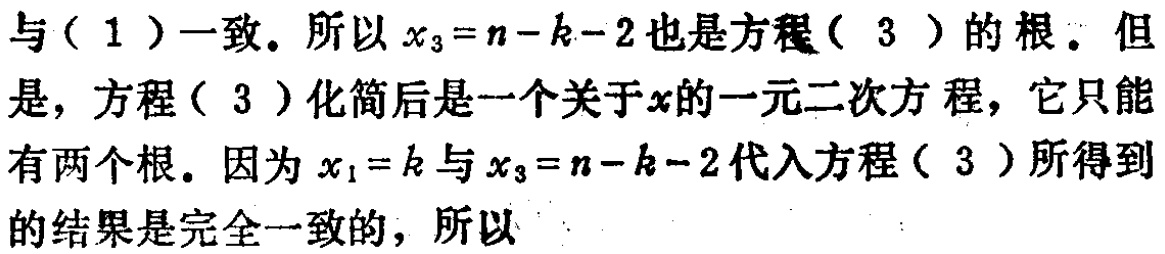
与（1）一致。所以\(x_{3}=n - k - 2\)也是方程（3）的根。但是，方程（3）化简后是一个关于\(x\)的一元二次方程，它只能有两个根。因为\(x_{1}=k\)与\(x_{3}=n - k - 2\)代入方程（3）所得到的结果是完全一致的，所以